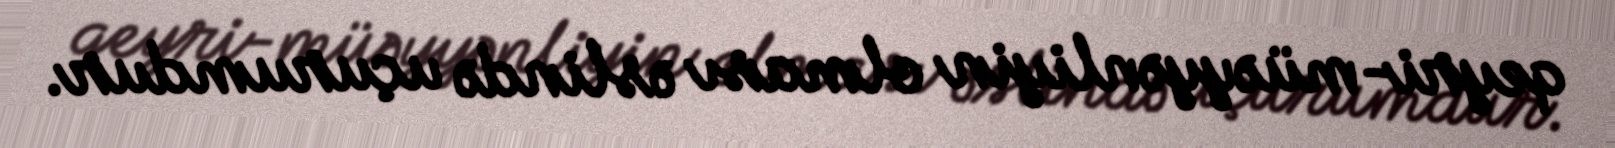
qeyri-müəyyənliyin olması əslində uçurumdur.